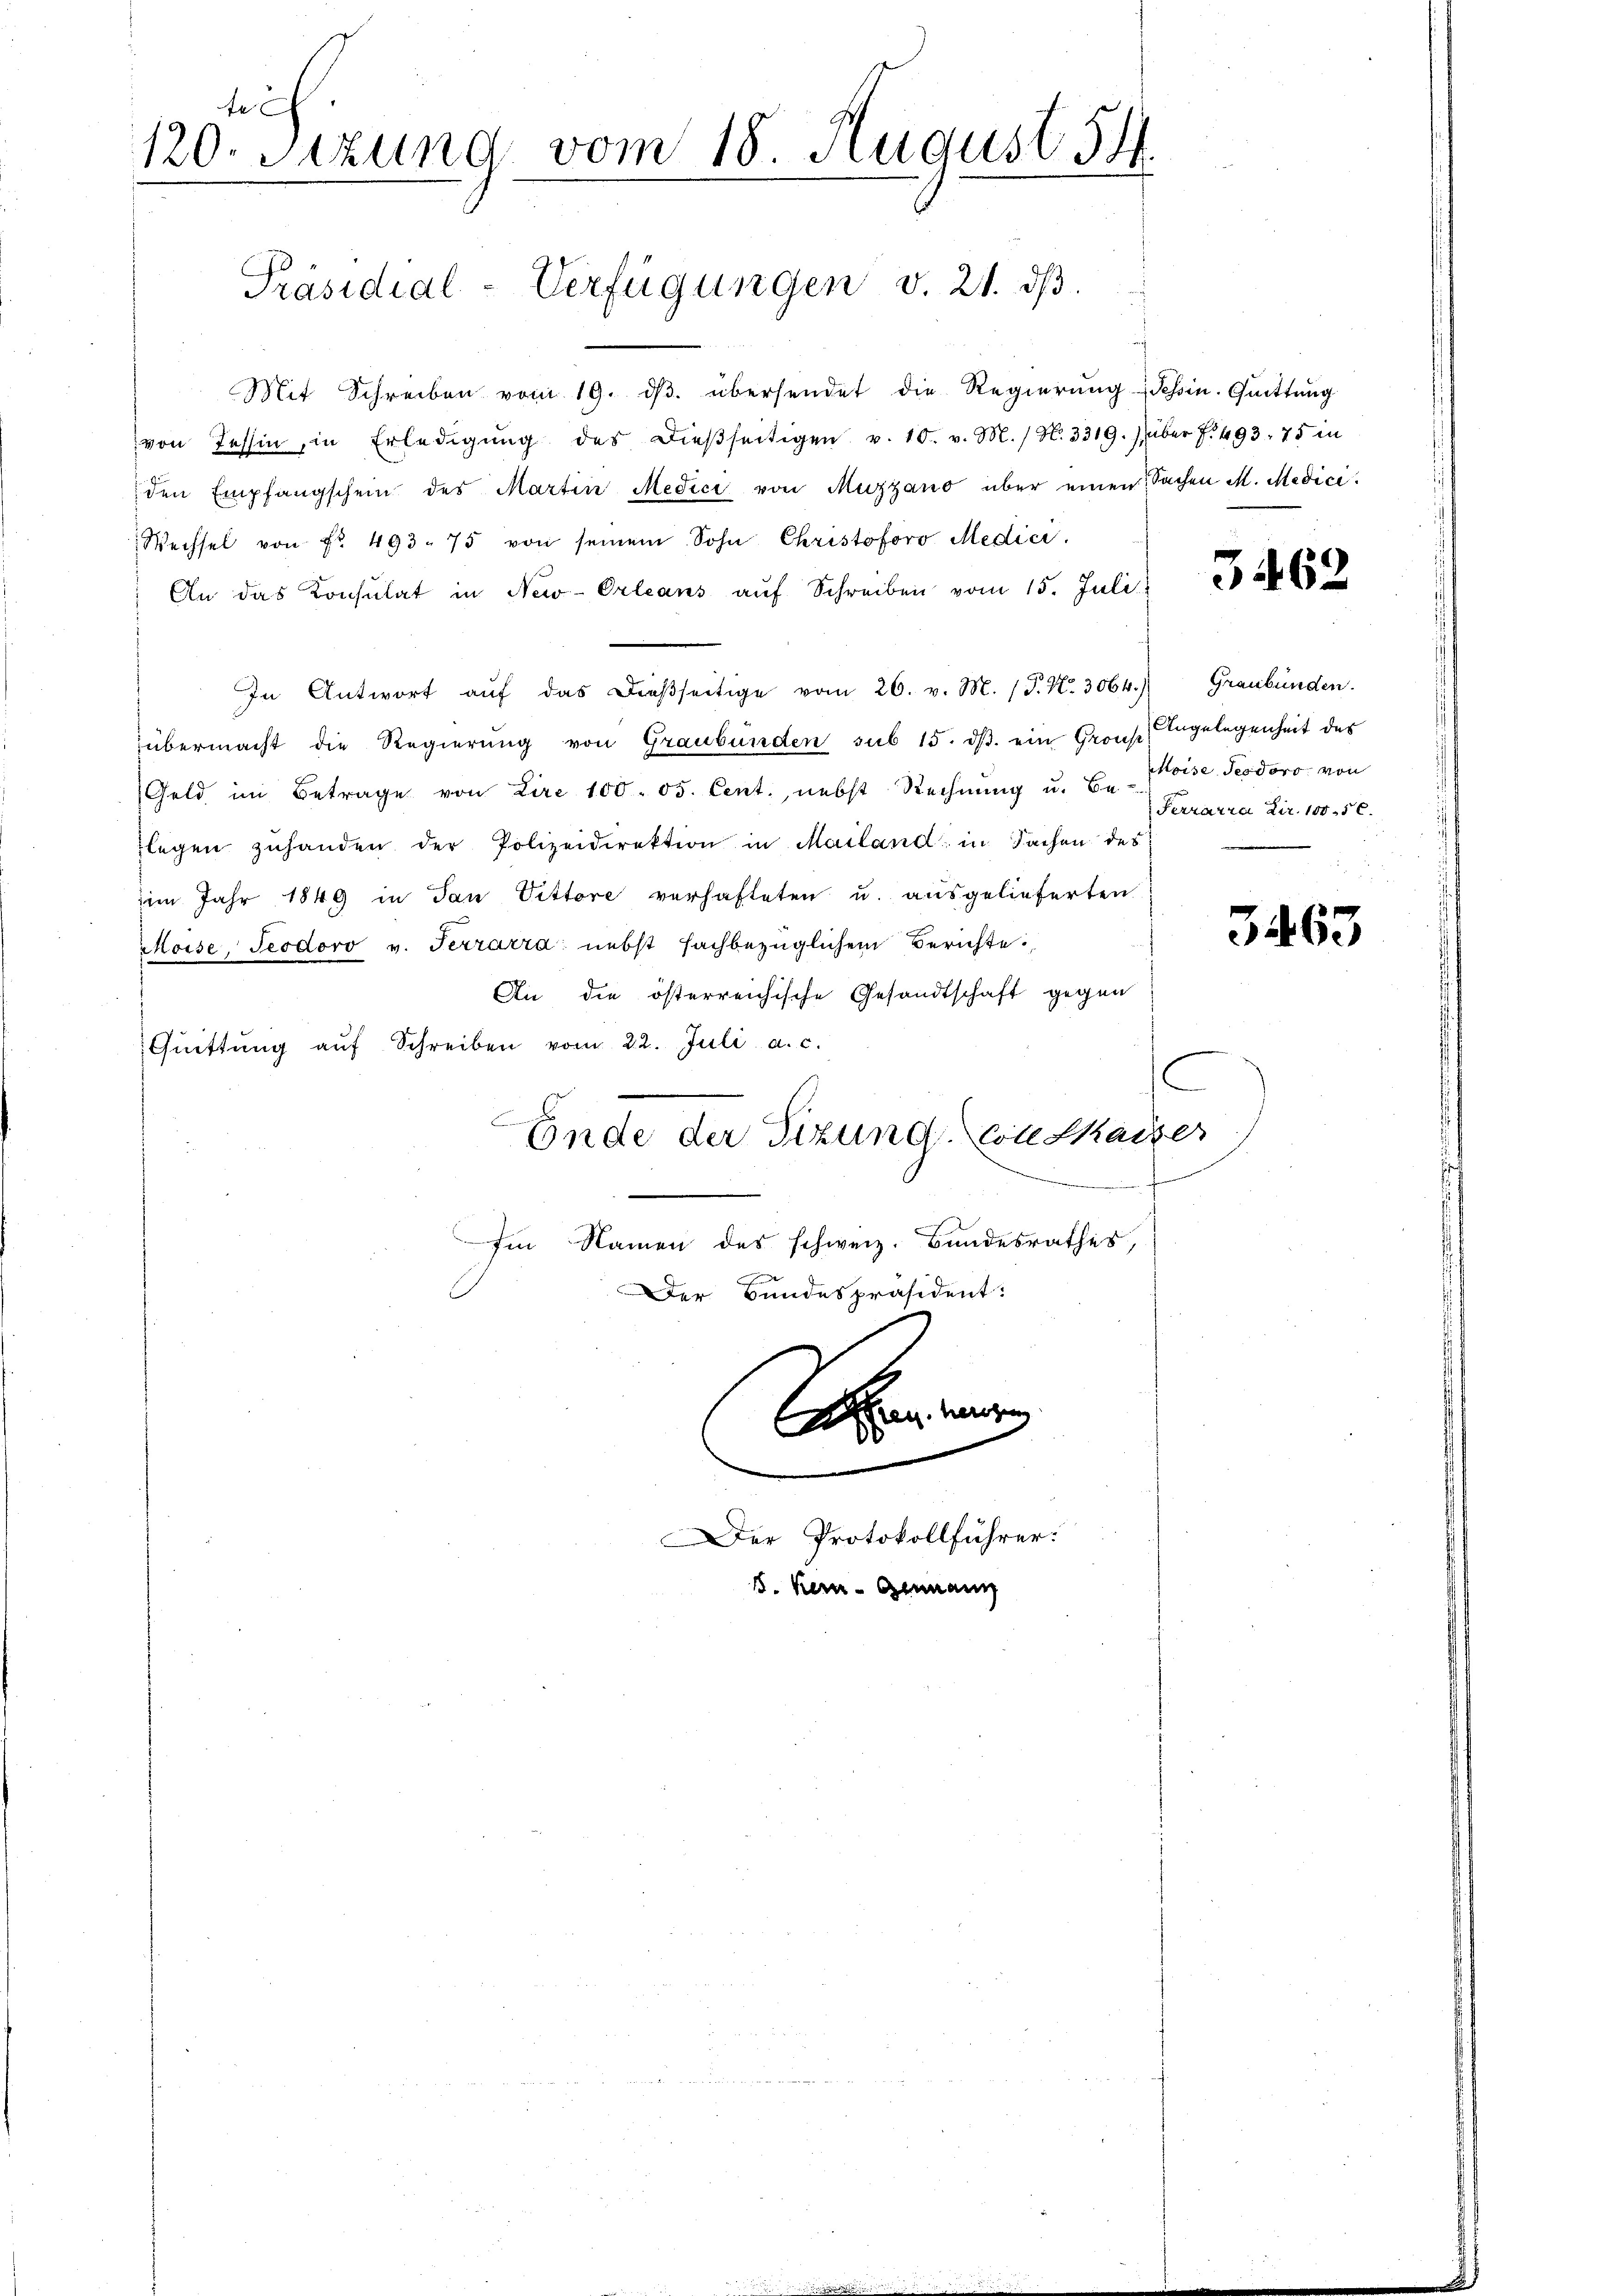
f
120. Sitzung vom 18. August 14.

Präsidial-Verfügungen v. 21. dß.

Mit Schreiben vom 19. dβ. übersendet die Regierŭng dessin. Quittung
von Tessin, in Erledigŭng des dießseitigen v. 10. v. M. / N. 3319.) über f. 493. 75 in
den Empfangschein des Martin Medici von Muzzano über einen Sachen M. Medici
Wechsel von Fr. 493. 75 von seinem Sohn Christoforo Medici
An das Konsulat in New-Orleans aŭf Schreiben vom 15. Juli
In Antwort aŭf das dieβseitige vom 26. v. M. (P. Nr. 3064.) Graubünden.
übermacht die Regierung von Graubünden sub 15. ds. ein Grons Angelegenheit des
Geld im Betrage von Lire 100. 05. Cent., nebst Rechnung u. Be-
flegen zuhanden der Polizeidirektion in Mailand in Sachen des
im Jahr 1849 in dan Vittore verhafteten u. ausgelieferten
Moise, Teodoro v. Terrarra nebst fachbezüglichem Berichte
An die österreichische Gesandtschaft gegen
Quittung aŭf Schreiben vom 22. Juli a. c.
C
Ende der Sitzung. Colle Kaiser
Im Namen des schweiz. Bundesrathes,
Der Bundespräsident:
An wegen

15.

er Protokollführer:
emn Gemann

3462

Moise Tesdoro, von
Ferrarre Dir. 1005.

3463